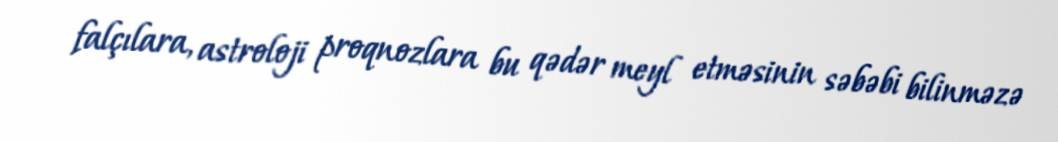
falçılara, astroloji proqnozlara bu qədər meyl etməsinin səbəbi bilinməzə